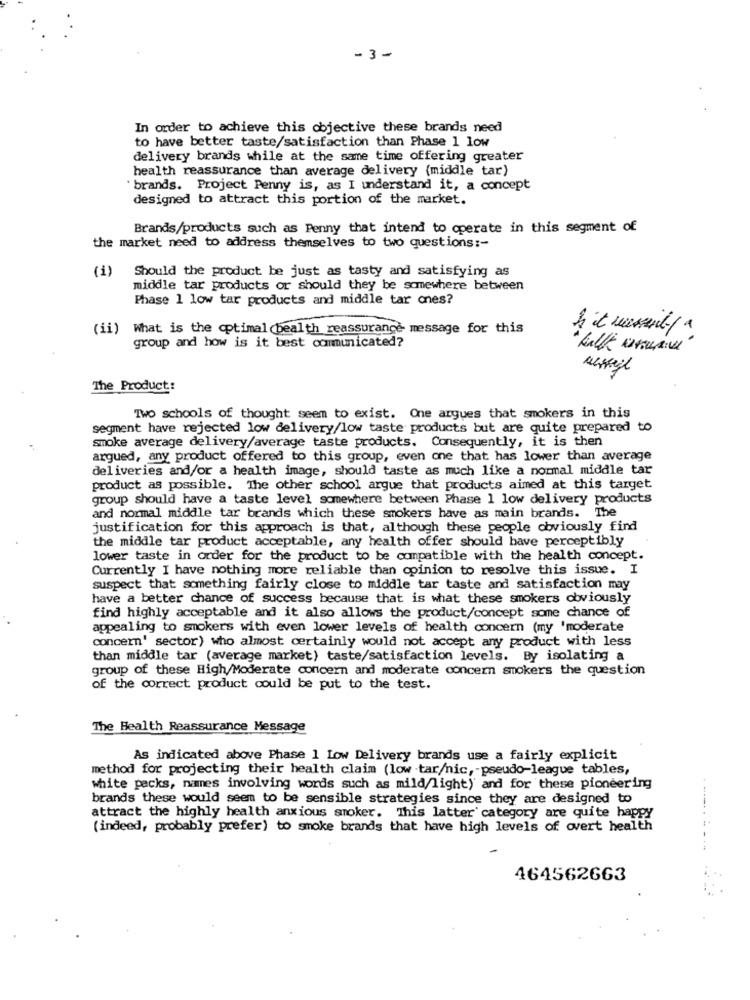
- 3-
In order to achieve this objective these brands need
to have better taste/satisfaction than Phase 1 low
delivery brands while at the same time offering greater
health reassurance than average delivery (middle tar)
' brands. Project Penny is, as I understand it, a concept
designed to attract this portion of the market.
Brands/products such as Penny that intend to operate in this segment of
the market need to address themselves to two questions :-
Should the product be just as tasty and satisfying as
(1)
middle tar products or should they be somewhere between
Phase 1 low tar products and middle tar ces?
(ii) What is the optimal (bealth reassurance message for this
group and how is it best communicated?
The Product:
TWO schools of thought seem to exist. One argues that smokers in this
segment have rejected low delivery/low taste products but are quite prepared to
smoke average delivery/average taste products. Consequently, it is then
argued, any product offered to this group, even one that has lower than average
deliveries and/or a health image, should taste as much like a normal middle tar
product as possible. The other school argue that products aimed at this target
group should have a taste level somewhere between Phase 1 low delivery products
and normal middle tar brands which these smokers have as main brands. The
justification for this approach is that, although these people obviously find
the middle tar product acceptable, any health offer should have perceptibly
lower taste in order for the product to be compatible with the health concept.
Currently I have nothing more reliable than opinion to resolve this issue. I
suspect that something fairly close to middle tar taste and satisfaction may
have a better chance of success because that is what these smokers obviously
find highly acceptable and it also allows the product/concept some chance of
appealing to smokers with even lower levels of health concern (my 'moderate
concern' sector) who almost certainly would not accept any product with less
than middle tar (average market) taste/satisfaction levels. By isolating a
group of these High/Moderate concern and moderate concern smokers the question
of the correct product could be put to the test.
The Health Reassurance Message
As indicated above Phase 1 Low Delivery brands use a fairly explicit
method for projecting their health claim (low tar/nic, - pseudo-league tables,
white packs, names involving words such as mild/light) and for these pioneering
brands these would seem to be sensible strategies since they are designed to
attract the highly health anxious smoker. This latter category are quite happy
(indeed, probably prefer) to smoke brands that have high levels of overt health
464562663